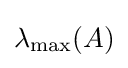
\lambda _{\text{max}}(A)